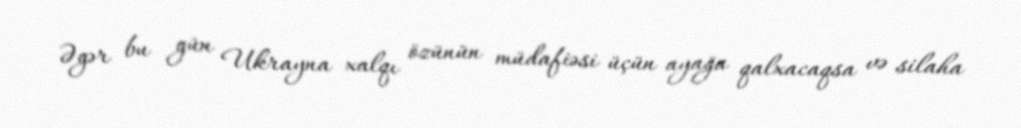
Əgər bu gün Ukrayna xalqı özünün müdafiəsi üçün ayağa qalxacaqsa və silaha